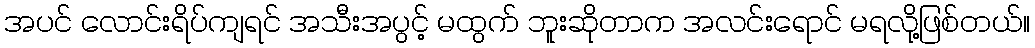
အပင် လောင်းရိပ်ကျရင် အသီးအပွင့် မထွက် ဘူးဆိုတာက အလင်းရောင် မရလို့ဖြစ်တယ်။